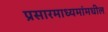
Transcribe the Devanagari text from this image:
प्रसारमाध्‍यमांमधील